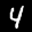
Label: 4